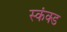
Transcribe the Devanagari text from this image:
स्कंक्ड